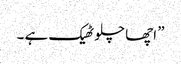
” اچھا چلو ٹھیک ہے ۔